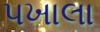
પખાલા